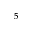
^ { 5 }